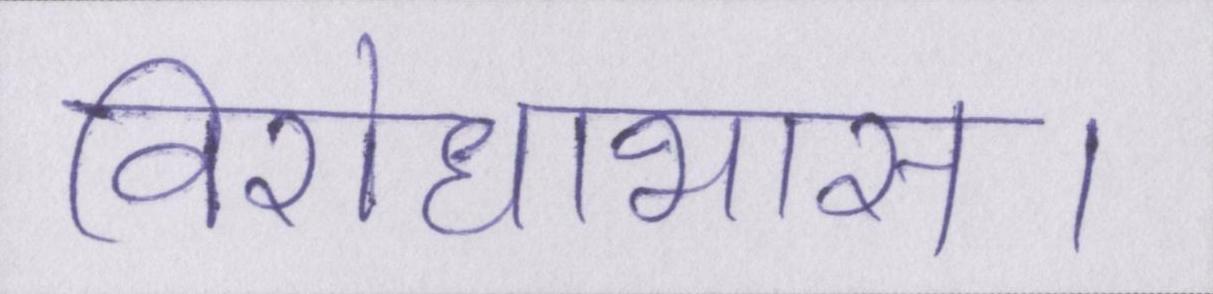
विरोधाभास।